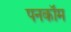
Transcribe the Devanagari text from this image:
पनकॉम